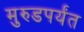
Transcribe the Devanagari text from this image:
मुरुडपर्यंत